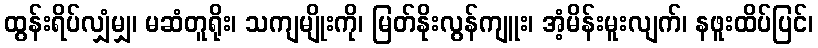
ထွန်းရိပ်လျှံမျှ၊ မဆံတူရိုး၊ သကျမျိုးကို၊ မြတ်နိုးလွန်ကျူး၊ အံ့မိန်းမူးလျက်၊ နဖူးထိပ်ပြင်၊